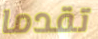
تقدما